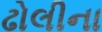
ઢોલીના